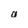
Character: a